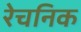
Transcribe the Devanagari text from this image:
रेचनिक